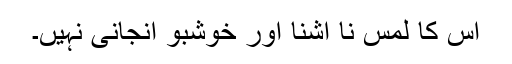
اس کا لمس نا آشنا اور خوشبو انجانی نہیں۔